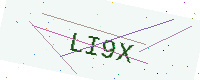
Text: LI9X